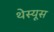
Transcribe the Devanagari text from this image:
थेस्यूस